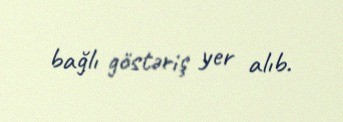
bağlı göstəriş yer alıb.